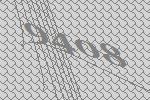
9408